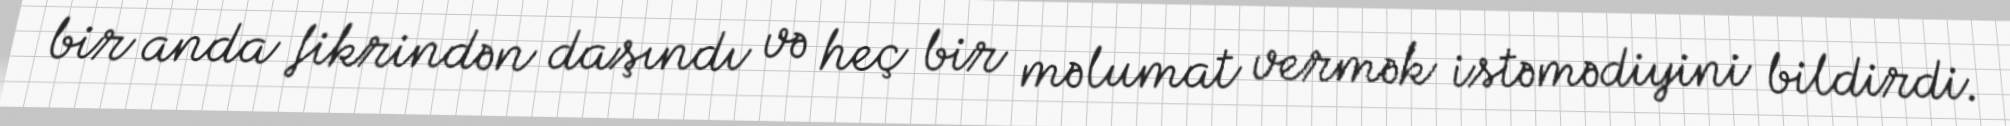
bir anda fikrindən daşındı və heç bir məlumat vermək istəmədiyini bildirdi.